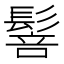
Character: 䯽